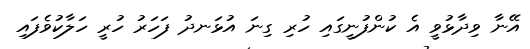
އޭނާ ވިދާޅުވީ އެ ކުންފުނީގައި ހުރި ގިނަ އުޅަނދު ފަހަރު ހުރީ ހަލާކުވެފައި